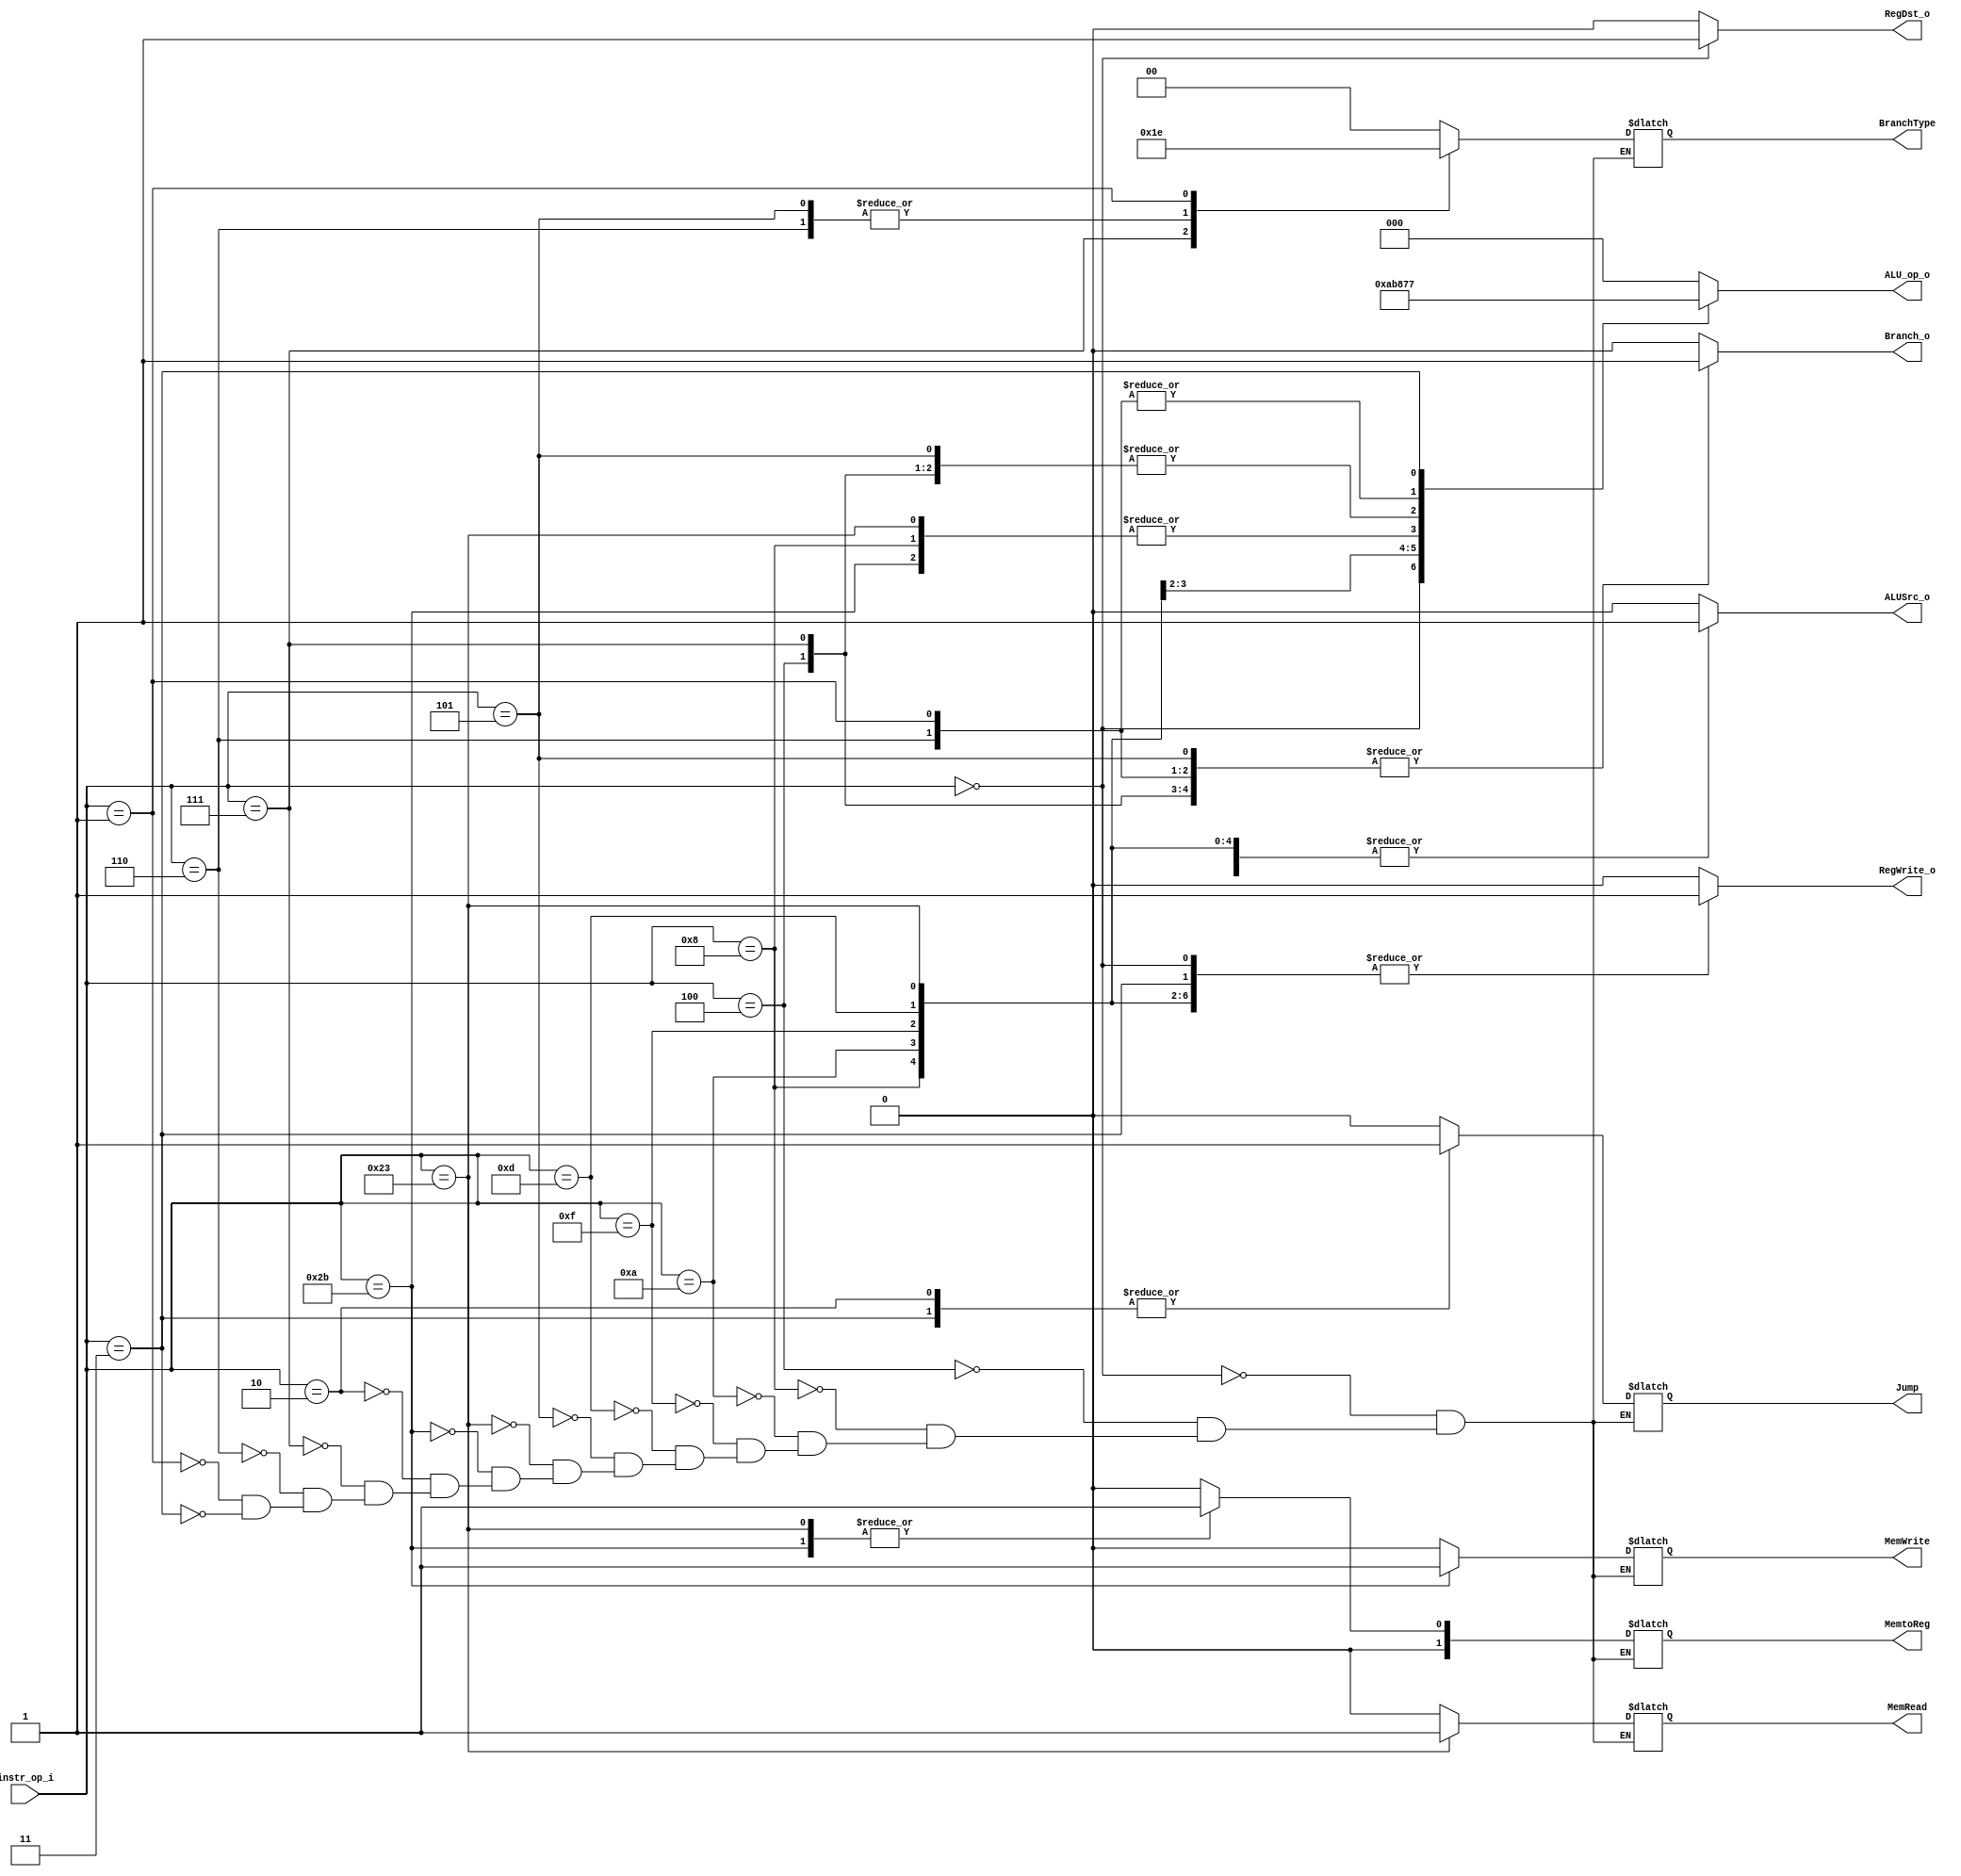
//Subject:     CO project 2 - Decoder
//--------------------------------------------------------------------------------
//Version:     1
//--------------------------------------------------------------------------------
//Writer:      
//----------------------------------------------
//Date:        
//----------------------------------------------
//Description: 
//--------------------------------------------------------------------------------

module Decoder(
    instr_op_i,
	RegWrite_o,
	ALU_op_o,
	ALUSrc_o,
	RegDst_o,
	Branch_o,
	BranchType,
	Jump,
	MemRead,
	MemWrite,
	MemtoReg
//WriteReg_i,
///WriteData_i,
//PC_i,
//WriteReg_o,
//WriteData_o

	);
     
//I/O ports
input  [6-1:0] instr_op_i;

//input[31:0] WriteReg_i;
//input [31:0] WriteData_i;
//input [31:0]PC_i;
//output [31:0]WriteReg_o;
//output [31:0] WriteData_o;

output         RegWrite_o;
output [3-1:0] ALU_op_o;
output         ALUSrc_o;
output         RegDst_o;
output         Branch_o;

output [1:0]BranchType;
output		Jump;
output		MemRead;
output 		MemWrite;
output [1:0]MemtoReg;
 
//Internal Signals
reg    [3-1:0] ALU_op_o;
reg            ALUSrc_o;
reg            RegWrite_o;
reg            RegDst_o;
reg            Branch_o;

reg [1:0]BranchType;
reg		Jump;
reg		MemRead;
reg 		MemWrite;
reg [1:0]MemtoReg;

//reg[31:0] WriteReg_i;
//reg [31:0] WriteData_i;
//reg [31:0]WriteReg_o;
//reg [31:0] WriteData_o;

//Parameter


//Main function
always @(*) begin
case(instr_op_i)
	0: begin ALU_op_o = 3'b010 ; ALUSrc_o = 0;RegWrite_o = 1; RegDst_o = 1;Branch_o = 0; 
		BranchType = 0; Jump = 0; MemRead = 0; MemWrite = 0; MemtoReg = 0;end//add,sub,and,or,slt,sll,srlv,mul     ????JR
	4: begin ALU_op_o = 3'b001 ; ALUSrc_o = 0;RegWrite_o = 0; RegDst_o = 0;Branch_o = 1;  
		BranchType = 0; Jump = 0; MemRead = 0; MemWrite = 0; MemtoReg = 0;end//beq++++++++++++++++++++++++++++++++++++++++++++++
        8: begin ALU_op_o = 3'b100 ; ALUSrc_o = 1;RegWrite_o = 1; RegDst_o = 0;Branch_o = 0;  
		BranchType = 0; Jump = 0; MemRead = 0; MemWrite = 0; MemtoReg = 0;end//addi
	10:begin ALU_op_o = 3'b101 ; ALUSrc_o = 1;RegWrite_o = 1; RegDst_o = 0;Branch_o = 0;  
		BranchType = 0; Jump = 0; MemRead = 0; MemWrite = 0; MemtoReg = 0;end//slti
	15:begin ALU_op_o = 3'b011 ; ALUSrc_o = 1;RegWrite_o = 1; RegDst_o = 0;Branch_o = 0;  
		BranchType = 0; Jump = 0; MemRead = 0; MemWrite = 0; MemtoReg = 0;end//lui
	13:begin ALU_op_o = 3'b000 ; ALUSrc_o = 1;RegWrite_o = 1; RegDst_o = 0;Branch_o = 0;  
		BranchType = 0; Jump = 0; MemRead = 0; MemWrite = 0; MemtoReg = 0;end//ori
	5: begin ALU_op_o = 3'b001 ; ALUSrc_o = 0;RegWrite_o = 0; RegDst_o = 0;Branch_o = 1;  
		BranchType = 3; Jump = 0; MemRead = 0; MemWrite = 0; MemtoReg = 0;end//bne++++++++++++++++++++++++++++++++++++++++++++++++++
	35: begin ALU_op_o = 3'b100 ; ALUSrc_o = 1;RegWrite_o = 1; RegDst_o = 0;Branch_o = 0;  
		BranchType = 0; Jump = 0; MemRead = 1; MemWrite = 0; MemtoReg = 1;end//lw
	43: begin ALU_op_o = 3'b100 ; ALUSrc_o = 1;RegWrite_o = 0; RegDst_o = 0;Branch_o = 0;  
		BranchType = 0; Jump = 0; MemRead = 0; MemWrite = 1; MemtoReg = 1;end//sw
	2:  begin ALU_op_o = 3'b000 ; ALUSrc_o = 0;RegWrite_o = 0; RegDst_o = 0;Branch_o = 0;  
		BranchType = 0; Jump = 1; MemRead = 0; MemWrite = 0; MemtoReg = 0;end//jump
	7:  begin ALU_op_o = 3'b001 ; ALUSrc_o = 0;RegWrite_o = 0; RegDst_o = 0;Branch_o = 1;  
		BranchType = 1; Jump = 0; MemRead = 0; MemWrite = 0; MemtoReg = 0;end//          bgt\\\\\\\\\\\\\\\\\\\\\\\\\\\\\\\\\\\\\\\\\\\\\\\\\\\\\\\\\\\\\\\\\\\\\\\\\\\\
	6:  begin ALU_op_o = 3'b110 ; ALUSrc_o = 0;RegWrite_o = 0; RegDst_o = 0;Branch_o = 1;  
		BranchType = 3; Jump = 0; MemRead = 0; MemWrite = 0; MemtoReg = 0;end//          bnez\\\\\\\\\\\\\\\\\\\\\\\\\\\\\\\\\\\\\\\\\\\\\\\\\\\\\\\\\\\\\\\\\\\\\\\\\\
        1:  begin ALU_op_o = 3'b110 ; ALUSrc_o = 0;RegWrite_o = 0; RegDst_o = 0;Branch_o = 1;  
		BranchType = 2; Jump = 0; MemRead = 0; MemWrite = 0; MemtoReg = 0;end//          bgez\\\\\\\\\\\\\\\\\\\\\\\\\\\\\\\\\\\\\\\\\\\\\\\\\\\\\\\\\\\\\\\\\\\\\\\\\\
	3:  begin ALU_op_o = 3'b111 ; ALUSrc_o = 0;RegWrite_o = 1; RegDst_o = 0;Branch_o = 0;  
		BranchType = 0; Jump = 1; MemRead = 0; MemWrite = 0; MemtoReg = 0;end //jal
		//WriteReg_o = 31;WriteData_o = PC_i + 4  ;end//jal

	default:
		begin ALU_op_o = 3'b000 ;ALUSrc_o = 0; RegWrite_o = 0; RegDst_o = 0; Branch_o = 0;end
endcase
end
endmodule